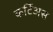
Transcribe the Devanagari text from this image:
कर्टिअस